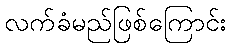
လက်ခံမည်ဖြစ်ကြောင်း